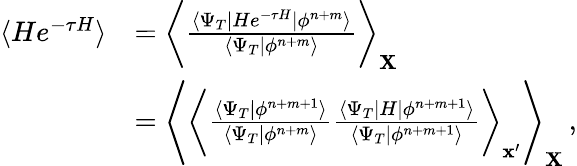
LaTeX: \begin{array}{rl}{\langle He^{-\tau H}\rangle}&{=\biggl\langle\frac{\langle\Psi_{T}|He^{-\tau H}|\phi^{n+m}\rangle}{\langle\Psi_{T}|\phi^{n+m}\rangle}\biggr\rangle_{\mathbf X}}\\ &{=\Biggl\langle\biggl\langle\frac{\langle\Psi_{T}|\phi^{n+m+1}\rangle}{\langle\Psi_{T}|\phi^{n+m}\rangle}\frac{\langle\Psi_{T}|H|\phi^{n+m+1}\rangle}{\langle\Psi_{T}|\phi^{n+m+1}\rangle}\biggr\rangle_{\mathbf x^{\prime}}\Biggr\rangle_{\mathbf X}\, ,}\end{array}